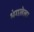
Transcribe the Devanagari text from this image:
भंगलेला